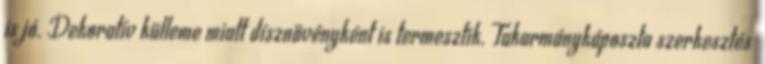
is jó. Dekoratív külleme miatt dísznövényként is termesztik. Takarmánykáposzta szerkesztés